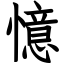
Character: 憶